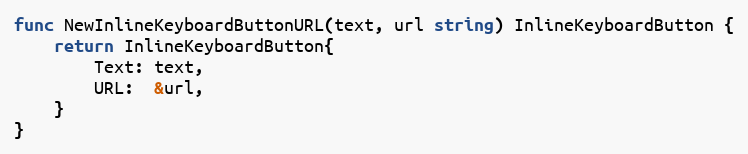
Language: Go
func NewInlineKeyboardButtonURL(text, url string) InlineKeyboardButton {
	return InlineKeyboardButton{
		Text: text,
		URL:  &url,
	}
}